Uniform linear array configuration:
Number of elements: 4
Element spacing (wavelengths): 1
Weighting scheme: blackman
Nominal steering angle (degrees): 0
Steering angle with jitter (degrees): -0.6205
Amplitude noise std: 0.05
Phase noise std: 0.05

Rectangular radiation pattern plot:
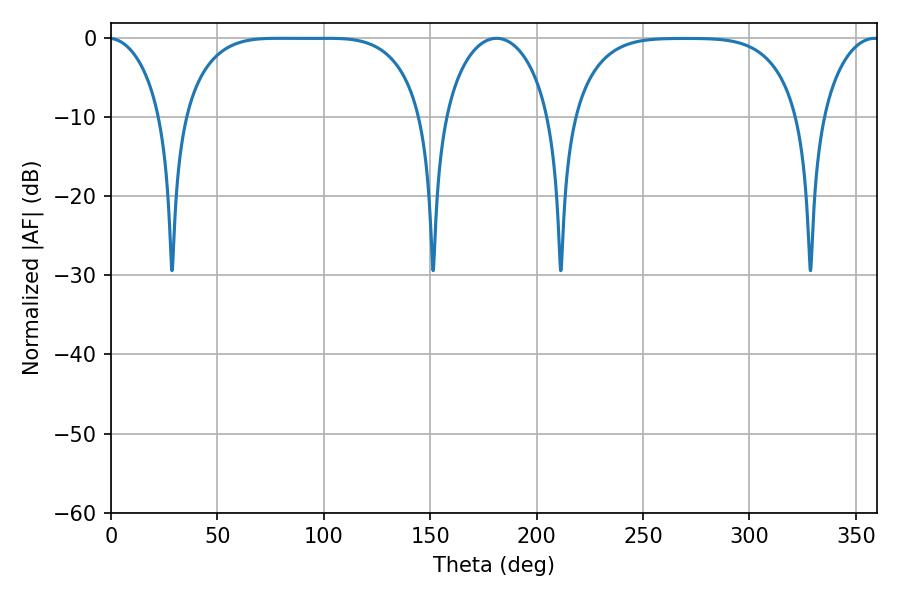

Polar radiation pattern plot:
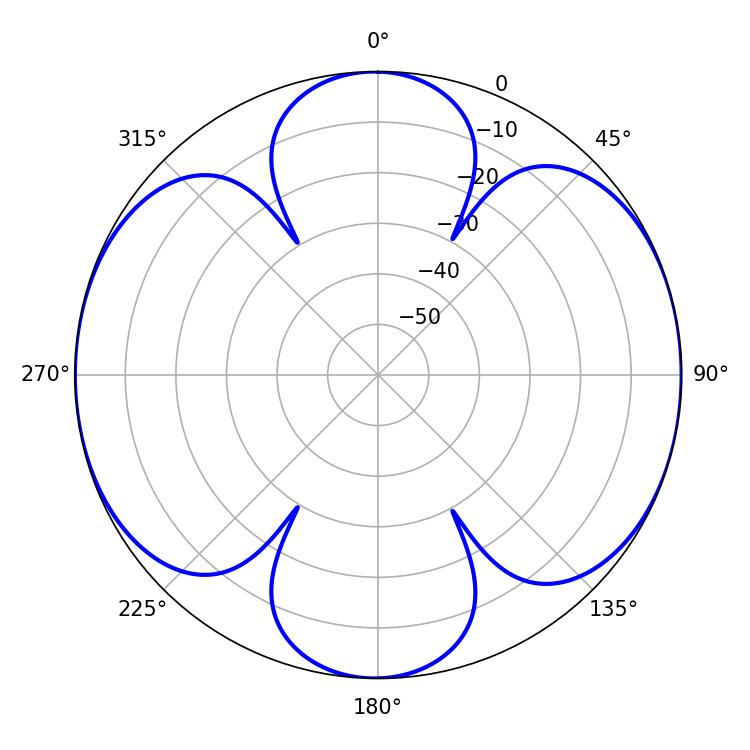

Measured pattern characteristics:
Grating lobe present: TRUE
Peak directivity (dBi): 13.714
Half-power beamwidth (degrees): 86.04
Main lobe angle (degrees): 78.48